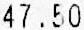
47.50